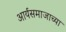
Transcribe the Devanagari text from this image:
आर्यसमाजाच्या